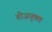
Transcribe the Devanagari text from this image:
बीजयुक्त